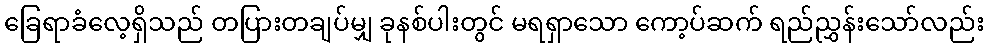
ခြေရာခံလေ့ရှိသည် တပြားတချပ်မျှ ခုနစ်ပါးတွင် မရရှာသော ကော့ပ်ဆက် ရည်ညွှန်းသော်လည်း